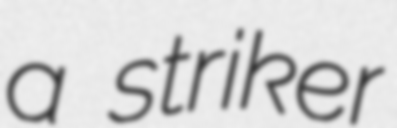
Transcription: a striker